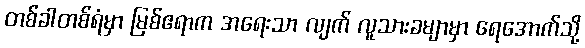
တစ်ခါတစ်ရံမှာ မြစ်ဧရာက အရေးသာ လျက် လူသားခမျာမှာ ရေအောက်သို့